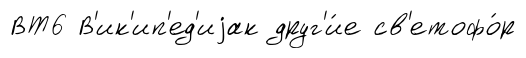
ВТ6 В'ик'ип'ед'иjак друг'и́е св'етофо́р